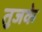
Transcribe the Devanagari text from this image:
तुजके